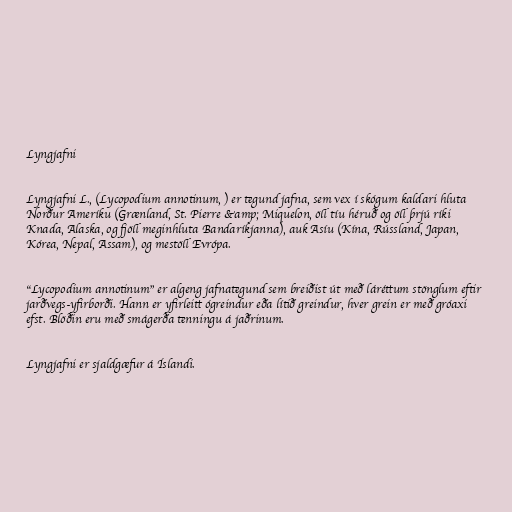
Lyngjafni

Lyngjafni L., (Lycopodium annotinum, ) er tegund jafna, sem vex í skógum kaldari hluta
Norður Ameríku (Grænland, St. Pierre &amp; Miquelon, öll tíu héruð og öll þrjú ríki
Knada, Alaska, og fjöll meginhluta Bandaríkjanna), auk Asíu (Kína, Rússland, Japan,
Kórea, Nepal, Assam), og mestöll Evrópa.

"Lycopodium annotinum" er algeng jafnategund sem breiðist út með láréttum stönglum eftir
jarðvegs-yfirborði. Hann er yfirleitt ógreindur eða lítið greindur, hver grein er með gróaxi
efst. Blöðin eru með smágerða tenningu á jaðrinum.

Lyngjafni er sjaldgæfur á Íslandi.